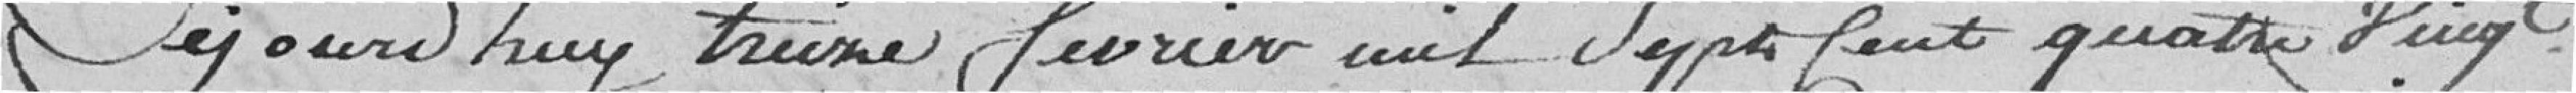
Cejourd'hui treize février mil sept cent quatre vingt